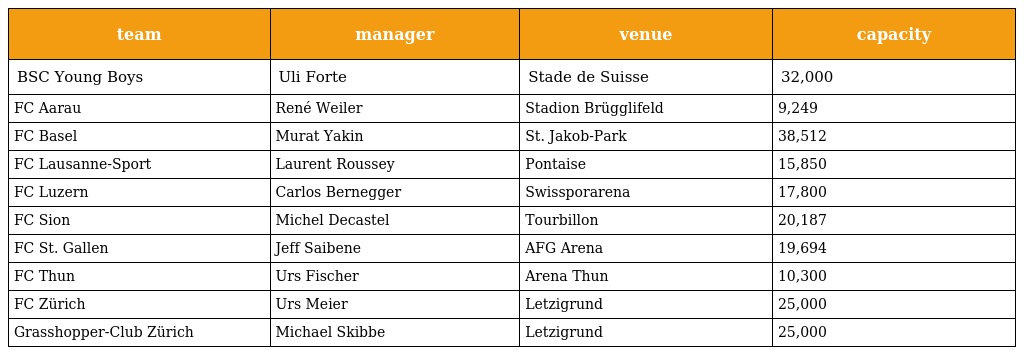
| team | manager | venue | capacity |
 | --- | --- | --- | --- |
 | BSC Young Boys | Uli Forte | Stade de Suisse | 32,000 |
 | FC Aarau | René Weiler | Stadion Brügglifeld | 9,249 |
 | FC Basel | Murat Yakin | St. Jakob-Park | 38,512 |
 | FC Lausanne-Sport | Laurent Roussey | Pontaise | 15,850 |
 | FC Luzern | Carlos Bernegger | Swissporarena | 17,800 |
 | FC Sion | Michel Decastel | Tourbillon | 20,187 |
 | FC St. Gallen | Jeff Saibene | AFG Arena | 19,694 |
 | FC Thun | Urs Fischer | Arena Thun | 10,300 |
 | FC Zürich | Urs Meier | Letzigrund | 25,000 |
 | Grasshopper-Club Zürich | Michael Skibbe | Letzigrund | 25,000 |